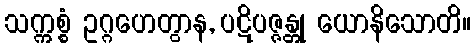
သက္ကစ္စံ ဥဂ္ဂဟေတွာန, ပဋိပဇ္ဇန္တု ယောနိသောတိ။